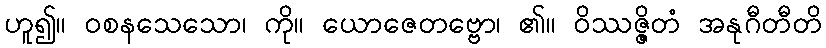
ဟူ၍။ ဝစနသေသော၊ ကို။ ယောဇေတဗ္ဗော၊ ၏။ ဝိဿဇ္ဇိတံ အနုဂီတီတိ